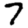
Digit: 7